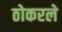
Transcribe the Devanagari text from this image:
ठोकरले